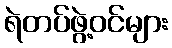
ရဲတပ်ဖွဲ့ဝင်များ